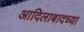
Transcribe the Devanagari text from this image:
आदिलाबादच्या